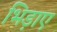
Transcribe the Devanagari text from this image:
भिड़ाए